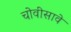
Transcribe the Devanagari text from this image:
चोवीसावे